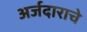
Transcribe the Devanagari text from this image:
अर्जदाराचे